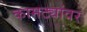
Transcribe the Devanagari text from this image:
कामट्यांवर